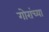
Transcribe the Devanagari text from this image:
गोरांच्या